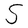
Character: S